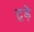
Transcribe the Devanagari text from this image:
टूड़े